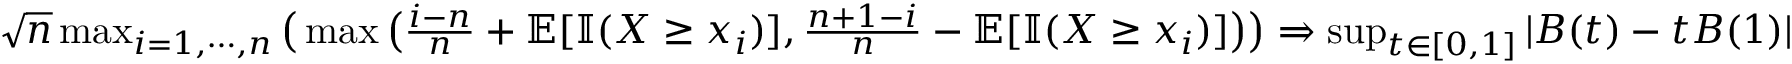
\begin{array} { r } { \sqrt { n } \operatorname* { m a x } _ { i = 1 , \cdots , n } \big ( \operatorname* { m a x } \big ( \frac { i - n } { n } + \mathbb { E } [ \mathbb { I } ( X \geq x _ { i } ) ] , \frac { n + 1 - i } { n } - \mathbb { E } [ \mathbb { I } ( X \geq x _ { i } ) ] \big ) \big ) \Rightarrow \operatorname* { s u p } _ { t \in [ 0 , 1 ] } | B ( t ) - t B ( 1 ) | } \end{array}